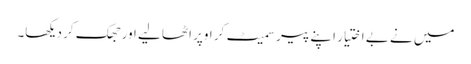
میں نے بے اختیار اپنے پیر سمیٹ کر اوپر اٹھا لیے اور جھک کر دیکھا۔